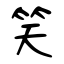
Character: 笑